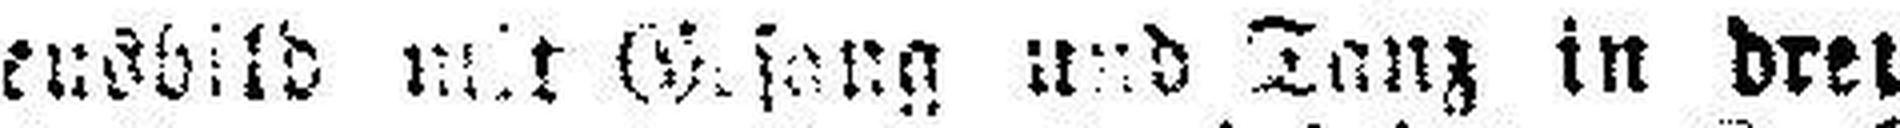
Lebensbild mit Gesang und Tanz in drei